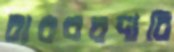
বারবরদারি